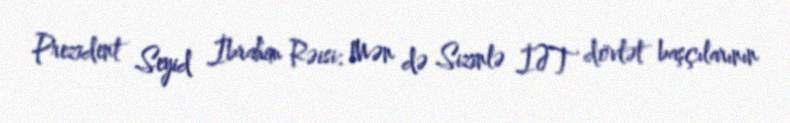
Prezident Seyid İbrahim Rəisi: Mən də Sizinlə İƏT dövlət başçılarının